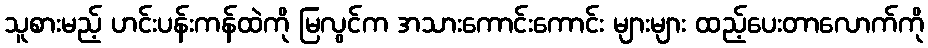
သူစားမည့် ဟင်းပန်းကန်ထဲကို မြလွင်က အသားကောင်းကောင်း များများ ထည့်ပေးတာလောက်ကို